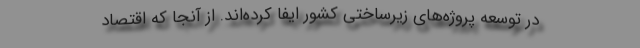
در توسعه پروژه‌های زیرساختی کشور ایفا کرده‌اند. از آنجا که اقتصاد